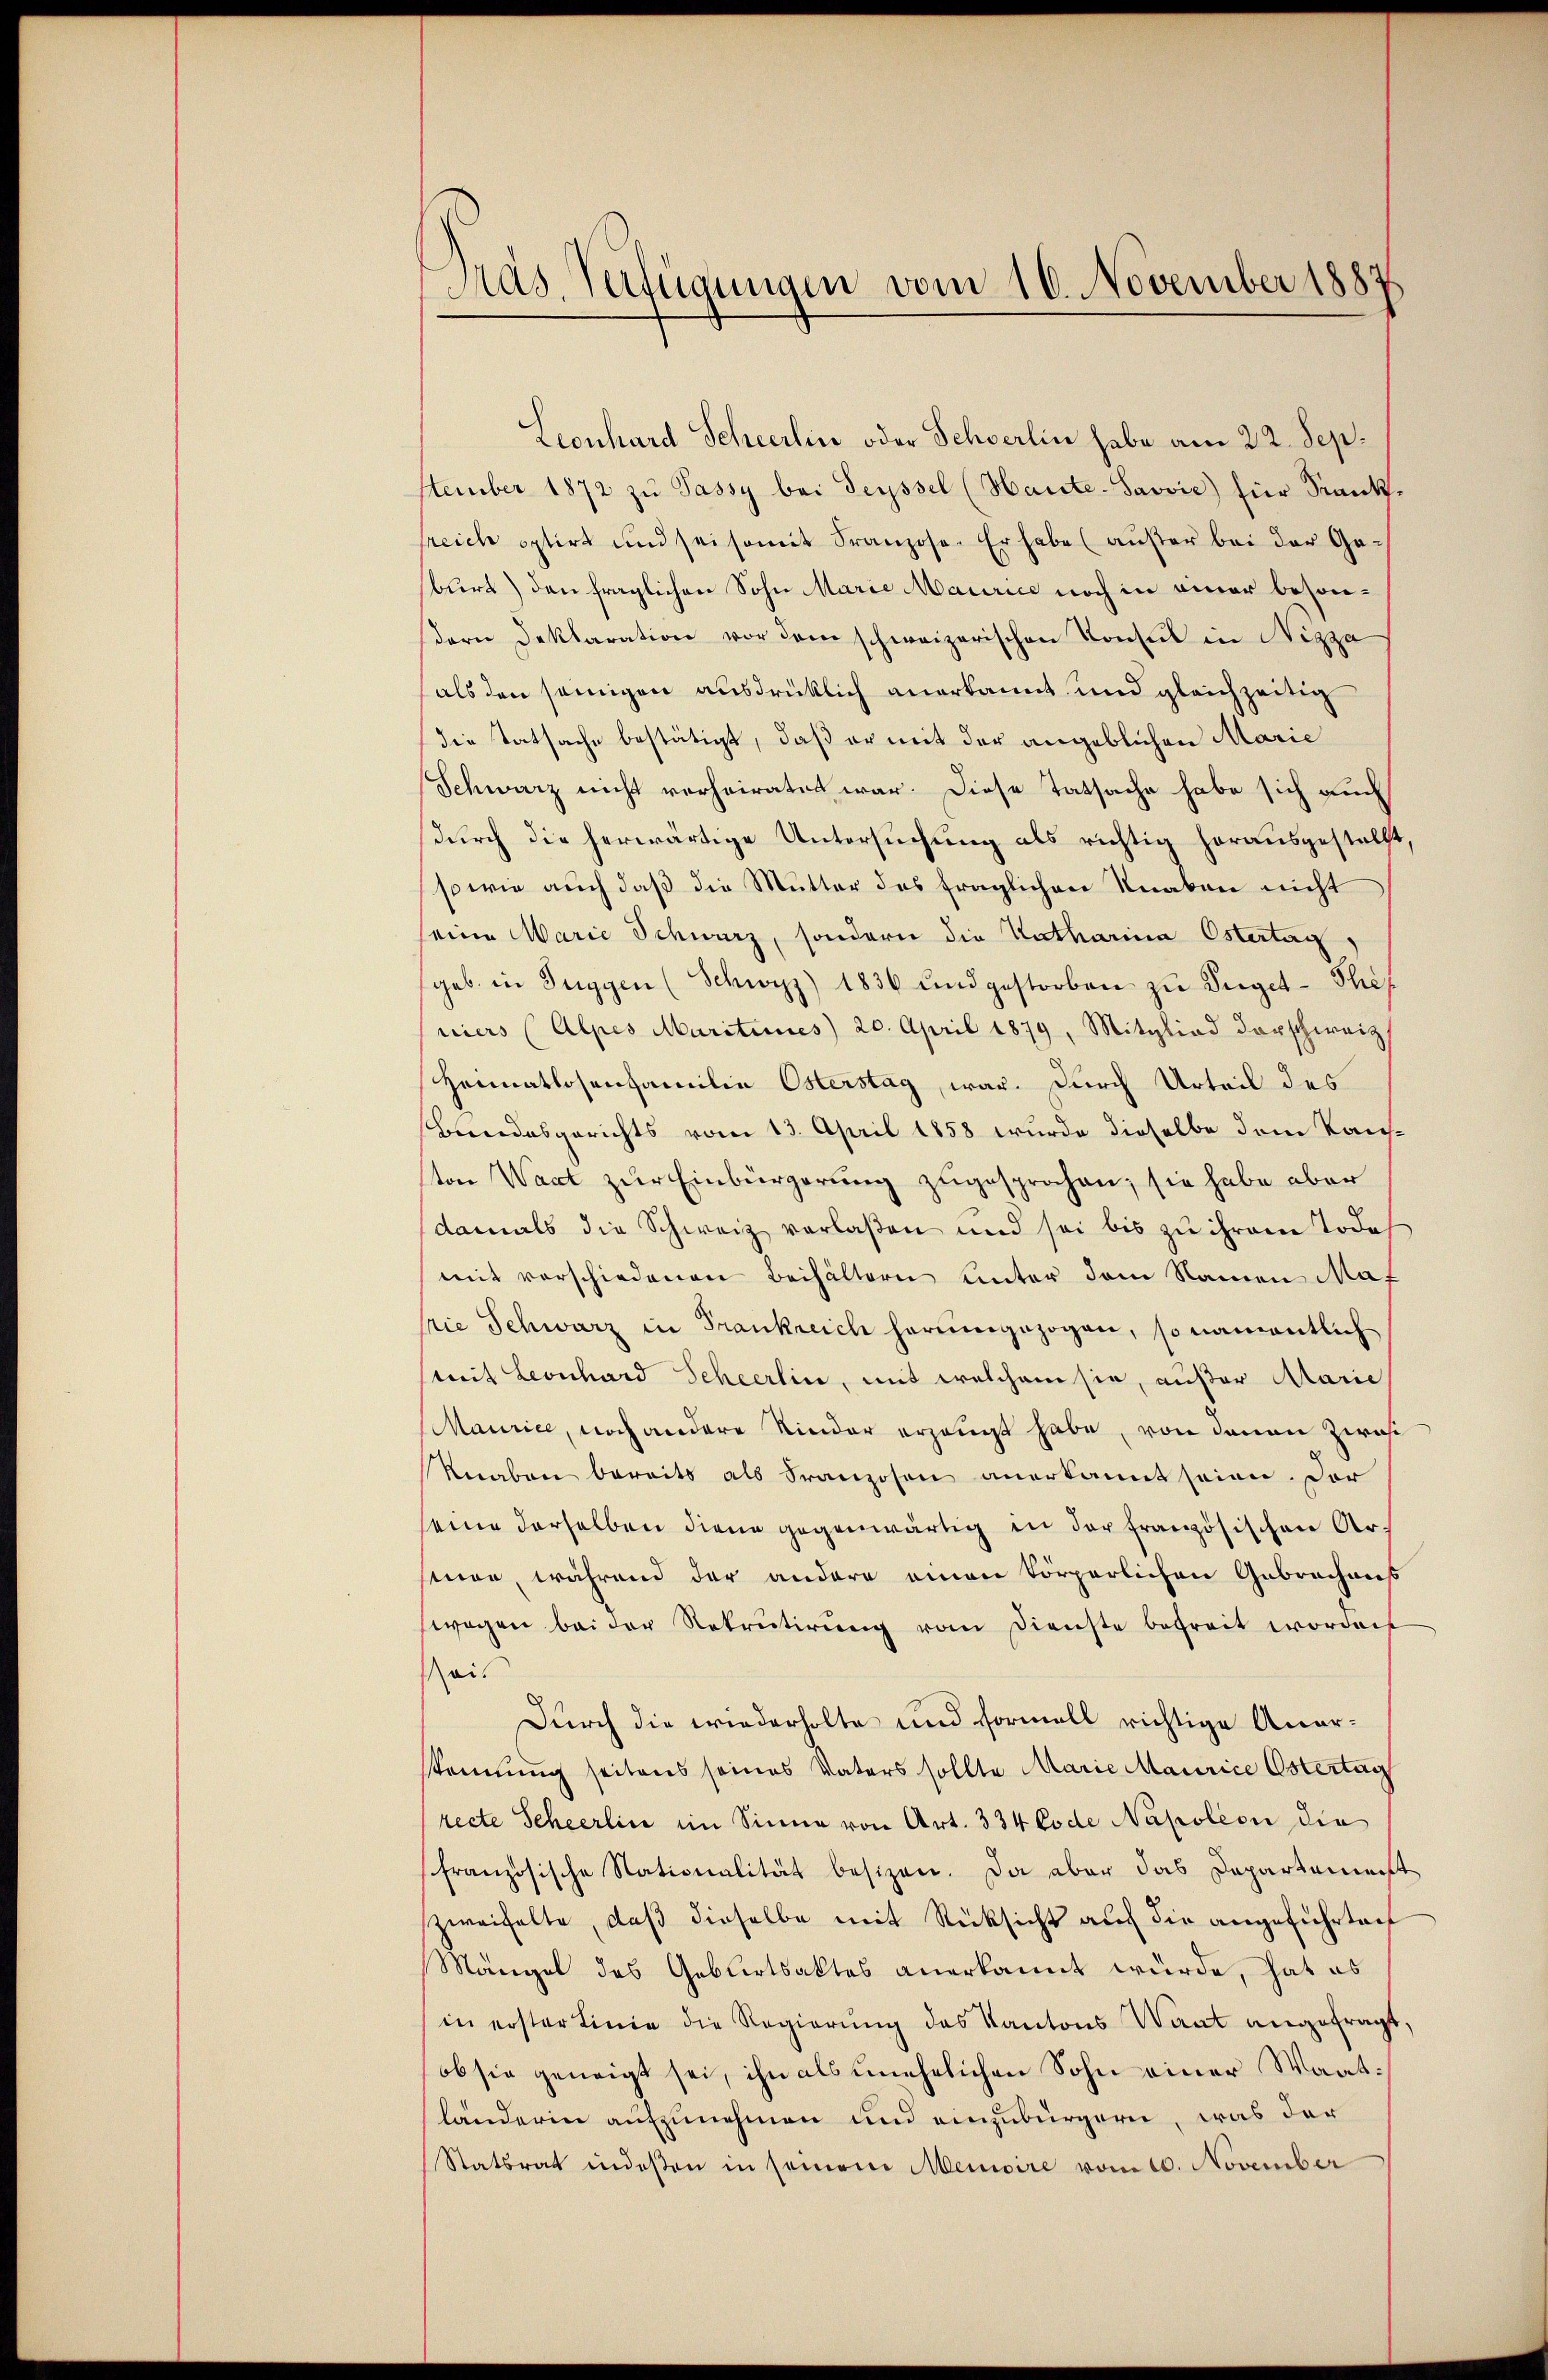
Pras. Verfügungen vom 10. November 188

Leonhard Scheerhin oder Schwerlin habe am 22. Sepstember 1872 zŭ Jassy bei Teyssel (Haute-Savvić) für Santsreich optirt und sei somit Franzose. Er habe (außer bei der Ge-
burt) den fraglichen Sohn Marie Maurice noch in einer besonβern Deklaration vor dem schweizerischen Konsul in Nizza
als den seinigen ausdrücklich anerkannt und gleichzeitig
Die Tatsache bestätigt, daß er mit der angeblichen Marie
Schwarz nicht verheiratet war. Diese Tatsache habe sich auch
durch die herwärtige Untersuchung als richtig herausgestellt,
so wie auch daß die Mutter des fraglichen Knaben nicht
seine Marie Schwarz, sondern die Katharina Ostertag,
geb. in Tuggen (Schwyz) 1836 und gestorben zŭ Veget-The
niers (Alpes Maritimes 20. April 1879, Mitglied derschweiz
Heimatlosenfamilie Osterstag, war. Durch Urteil des
Beendesgerichts vom 13. April 1858 wurde dieselbe dem Kaufton Waat zur Einbürgerung zugesprochen; sie habe aber
damals die Schweiz verlaßen und sei bis zu ihrem Todes
mit verschiedenen Beihältern unter dem Namen Mat
prie Schwarz in Frankreich herumgezogen, so namentlich
mit Leonhard Scheerlin, mit welchem sie, außer Alarie
Maurice, noch andere Kinder erzeugt habe, von denen Zwa
Knaben bereits als Franzosen anerkannt seien. Der
seine derselben diene gegenwärtig in der französischen Arsinen, während der andere einen körperlichen Gebrachens
wegen bei der Rekrutirung vom Dienste betreit worden
Reis
Durch die wiederholte und Formell richtige Anerkennung seitens seines Vaters sollte Marie Maurice Ostertag
recte Scheerlin im Sinne von Art. 334 Code Napoleon die
französische Nationalität besizen. Da aber das Departement
zweifelte, daß dieselbe mit Rücksicht auf die angeführtech
Mängel des Geburtsaktes anerkannt wurde, hat es
in erster Linie die Regierung des Kantons Want angefragt,
ob sie geneigt sei, ihn als unehelichen Sohn einer Waatländerin aufzunehmen und einzubürgern, was der
Statsrat indeßen in seinem Memoire vom 10. November